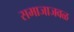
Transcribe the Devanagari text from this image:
समाजाजवळ